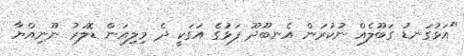
"އަޅުގަނޑު ގަބޫލެއް ނުކުރަން އެނބޫދޫ ފަޅުގެ އަގަކީ ދެ މިލިއަން ޑޮލަރު ނޫނިއްޔާ